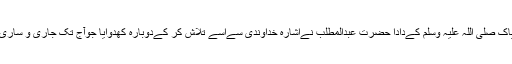
نبی پاک صلی اللہ علیہ وسلم کےدادا حضرت عبدالمطلب نےاشارۂ خداوندی سےاسے تلاش کر کےدوبارہ کھدوایا جوآج تک جاری و ساری ہے۔